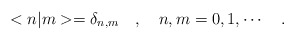
\begin{align*}<n|m>=\delta_{n,m}\ \ \ ,\ \ \ n,m=0,1,\cdots\ \ \ .\end{align*}